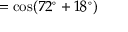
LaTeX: = \cos ( 7 2 ^ { \circ } + 1 8 ^ { \circ } )